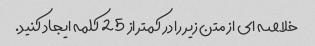
خلاصه ای از متن زیر را در کمتر از 25 کلمه ایجاد کنید.